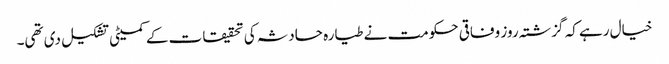
خیال رہے کہ گزشتہ روز وفاقی حکومت نے طیارہ حادثہ کی تحقیقات کے کمیٹی تشکیل دی تھی۔